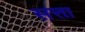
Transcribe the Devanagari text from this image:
सत्ता